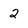
Character: 2